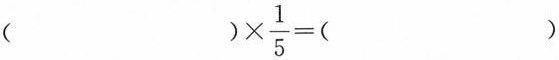
$$()\times \frac{1}{5}=()$$